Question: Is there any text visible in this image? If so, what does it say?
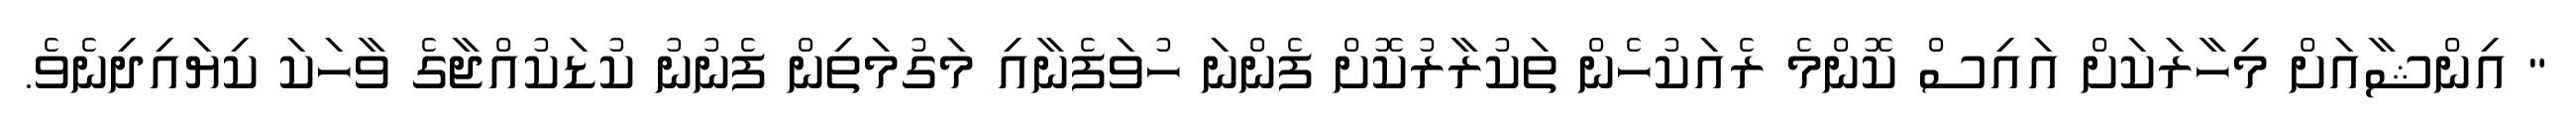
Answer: " އިންޝާއަށް މިހާރަކަށް އައިސް ކޮންމެ ރެއަކުހެން ތަކުރާރުކޮށް ފެންނަ ހުވަފެނާއި މަގުމަތިން ފެނުނު ކުޑަކުއްޖާގެ ވާހަކަ ކިޔައިދިނެވެ.